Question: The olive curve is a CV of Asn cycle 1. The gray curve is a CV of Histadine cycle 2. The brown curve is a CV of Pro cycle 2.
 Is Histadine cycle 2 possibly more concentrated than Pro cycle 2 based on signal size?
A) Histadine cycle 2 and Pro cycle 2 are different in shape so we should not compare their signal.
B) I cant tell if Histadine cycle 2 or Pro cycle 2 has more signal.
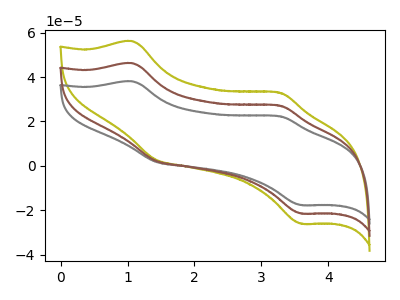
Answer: <think>The olive curve "Asn cycle 1" has anodic peaks at (1.10V, 92.35uA) (3.30V, 54.25uA) and cathodic peaks at (1.40V, 4.60uA) (3.60V, -42.75uA). The gray curve "Histadine cycle 2" has anodic peaks at (1.10V, 38.05uA) (3.30V, 22.35uA) and cathodic peaks at (1.40V, 1.90uA) (3.60V, -17.60uA). The brown curve "Pro cycle 2" has anodic peaks at (1.10V, 46.20uA) (3.30V, 27.10uA) and cathodic peaks at (1.40V, 2.30uA) (3.60V, -21.40uA).
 All the peaks in "Histadine cycle 2" have a peak in "Pro cycle 2" at the same potential.</think>
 <answer>B) I cant tell if "Histadine cycle 2" or "Pro cycle 2" has more signal.</answer>
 <eval>B</eval>